Report of the Indian Hemp Drugs Commission, 1894-1895 - Volume VI
Year: 1894
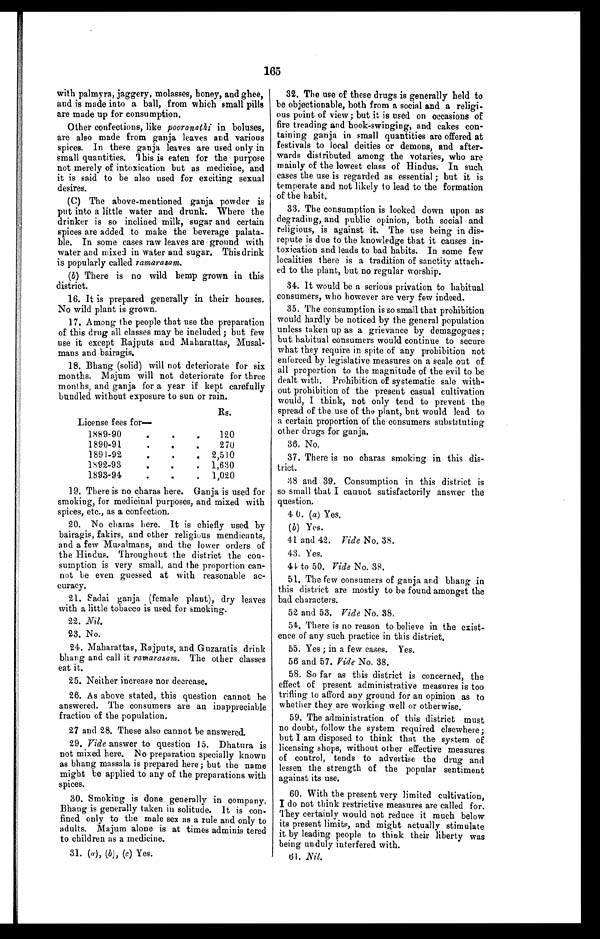
165
with palmyra, jaggery, molasses, honey, and ghee,
and is made into a ball, from which small pills
are made up for consumption.
Other confections, like pooranathi in boluses,
are also made from ganja leaves and various
spices. In these ganja leaves are used only in
small quantities. This is eaten for the purpose
not merely of intoxication but as medicine, and
it is said to be also used for exciting sexual
desires.
(C) The above-mentioned ganja powder is
put into a little water and drunk. Where the
drinker is so inclined milk, sugar and certain
spices are added to make the beverage palata--
ble. In some cases raw leaves are ground with
water and mixed in water and sugar. This drink
is popularly called ramarasam.
(b) There is no wild hemp grown in this
district.
16. It is prepared generally in their houses.
No wild plant is grown.
17. Among the people that use the preparation
of this drug all classes may be included; but few
use it except Rajputs and Maharattas, Musal--
mans and bairagis.
18. Bhang (solid) will not deteriorate for six
months. Majum will not deteriorate for three
months, and ganja for a year if kept carefully
bundled without exposure to sun or rain.
Rs.
License fees for
—
1889-90 . . .
120
1890-91 . . .
270
1891-92 . . .
2,510
1892-93 . . .
1,630
1893-94 . . .
1,020
19. There is no charas here. Ganja is used for
smoking, for medicinal purposes, and mixed with
spices, etc., as a confection.
20. No charas here. It is chiefly used by
bairagis, fakirs, and other religious mendicants,
and a few Musalmans, and the lower orders of
the Hindus. Throughout the district the con--
sumption is very small, and the proportion can--
not be even guessed at with reasonable ac
- c u r a c y .
21. Sadai ganja (female plant), dry leaves
with a little tobacco is used for smoking.
22. Ni l .
2 3 . N o .
24. Maharattas, Rajputs, and Guzaratis drink
bhang and call it ramarasam. The other classes
eat it.
2 5 . N e i t h e r i n c r e a s e n o r d e c r e a s e .
26. As above stated, this question cannot be
answered. The consumers are an inappreciable
fraction of the population.
27 and 28. These also cannot be answered.
29. Vide answer to question 15. Dhatura is
not mixed here. No preparation specially known
as bhang massala is prepared here; but the name
might be applied to any of the preparations with
spices.
30. Smoking is done generally in company.
Bhang is generally taken in solitude. It is con--
fined only to the male sex as a rule and only to
adults. Majum alone is at times adminis tered
to children as a medicine.
3 1 . ( a ) ,
( b ) , ( c )
Y e s .
32. The use of these drugs is generally held to
be objectionable, both from a social and a religi--
ous point of view; but it is used on occasions of
fire treading and book-swinging, and cakes con--
taining ganja in small quantities are offered at
festivals to local deities or demons, and after--
wards distributed among the votaries, who are
mainly of the lowest class of Hindus. In such
cases the use is regarded as essential; but it is
temperate and not likely to lead to the formation
of the habit
.
33. The consumption is looked down upon as
degrading, and public opinion, both social and
religious, is against it. The use being in dis--
repute is due to the knowledge that it causes in--
toxication and leads to bad habits. In some few
localities there is a tradition of sanctity attach-
ed to the plant, but no regular worship.
34. It would be a serious privation to habitual
consumers, who however are very few indeed.
35. The consumption is so small that prohibition
would hardly be noticed by the general population
unless taken up as a grievance by demagogues;
but habitual consumers would continue to secure
what they require in spite of any prohibition not
enforced by legislative measures on a scale out of
all proportion to the magnitude of the evil to be
dealt with. Prohibition of systematic sale with--
out prohibition of the present casual cultivation
would, I think, not only tend to prevent the
spread of the use of the plant, but would lead to
a certain proportion of the consumers substituting
other drugs for ganja.
36. No.
37. There is no charas smoking in this dis--
trict.
38 and 39. Consumption in this district is
so small that I cannot satisfactorily answer the
question.
4 0. (a) Yes.
(b) Yes.
41 and 42. Vide No. 38.
43. Yes.
44. to 50. Vide No. 38.
51. The few consumers of ganja and bhang in
this district are mostly to be found amongst the
bad characters.
52 and 53. Vide No. 38.
54. There is no reason to believe in the exist--
ence of any such practice in this district.
55. Yes; in a few cases. Yes.
56 and 57. Vide No. 38.
58. So far as this district is concerned, the
effect of present administrative measures is too
trifling to afford any ground for an opinion as to
whether they are working well or otherwise.
59. The administration of this district must
no doubt, follow the system required elsewhere;
but I am disposed to think that the system of
licensing shops, without other effective measures
of control, tends to advertise the drug and
lessen the strength of the popular sentiment
against its use.
60. With the present very limited cultivation,
I do not think restrictive measures are called for.
They certainly would not reduce it much below
its present limits, and might actually stimulate
it by leading people to think their liberty was
being unduly interfered with.
61. Nil.